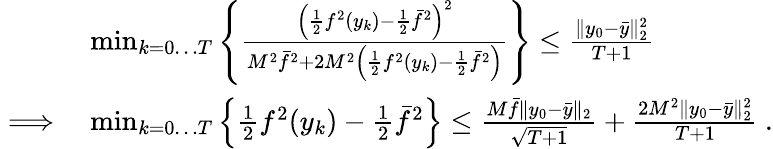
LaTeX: \begin{array}{rl}&{\operatorname*{min}_{k=0\dots T}\left\{ \frac{\left(\frac{1}{2}f^{2}(y_{k})-\frac{1}{2}\bar{f}^{2}\right)^{2}}{M^{2}\bar{f}^{2}+2M^{2}\left(\frac{1}{2}f^{2}(y_{k})-\frac{1}{2}\bar{f}^{2}\right)}\right\} \leq\frac{\| y_{0}-\bar{y}\| _{2}^{2}}{T+1}}\\ {\implies}&{\operatorname*{min}_{k=0\dots T}\left\{ \frac{1}{2}f^{2}(y_{k})-\frac{1}{2}\bar{f}^{2}\right\} \leq\frac{M\bar{f}\| y_{0}-\bar{y}\| _{2}}{\sqrt{T+1}}+\frac{2M^{2}\| y_{0}-\bar{y}\| _{2}^{2}}{T+1}\ .}\end{array}